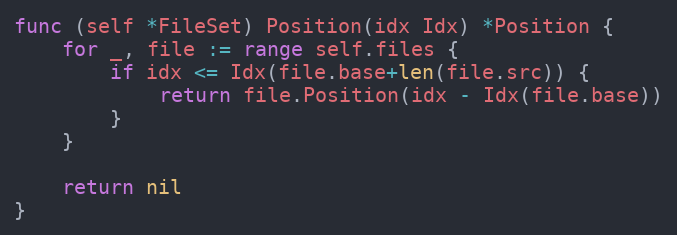
Language: Go
func (self *FileSet) Position(idx Idx) *Position {
	for _, file := range self.files {
		if idx <= Idx(file.base+len(file.src)) {
			return file.Position(idx - Idx(file.base))
		}
	}

	return nil
}